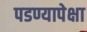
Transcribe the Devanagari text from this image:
पडण्यापेक्षा